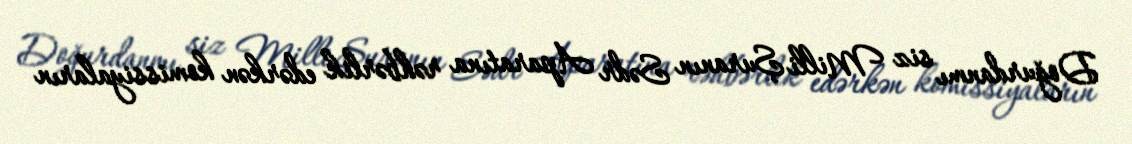
Doğurdanmı siz Milli Şuranın Sədr Aparatına rəhbərlik edərkən komissiyaların